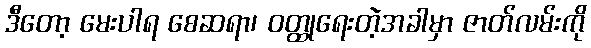
ဒီတော့ မေးပါရ စေဆရာ၊ ဝတ္ထုရေးတဲ့အခါမှာ ဇာတ်လမ်းကို